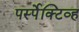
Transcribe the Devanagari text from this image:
पर्स्पेक्टिव्ह